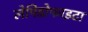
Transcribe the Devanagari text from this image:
लेपिडोफाइटा